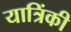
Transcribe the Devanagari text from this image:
यात्रिंकी